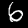
Label: 6